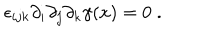
\epsilon _ { i j k } \partial _ { i } \partial _ { j } \partial _ { k } \gamma ( x ) = 0 \; .